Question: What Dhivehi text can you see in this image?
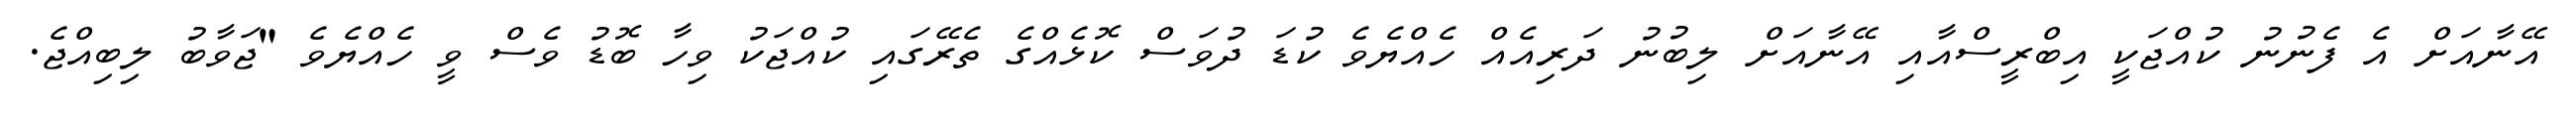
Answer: އޭނާއަށް އެ ފެނުނު ކުއްޖަކީ އިބްރީސްއާއި އޭނާއަށް ލިބުނު ދަރިއެއް ހެއްޔެވެ ކުޑަ ދުވަސް ކޮޅެއްގެ ތެރޭގައި ކުއްޖަކު ވިހާ ބޮޑު ވެސް ވީ ހެއްޔެވެ "ޖަވާބު ލިބިއްޖެ.